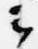
云